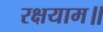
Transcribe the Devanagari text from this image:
रक्षयाम॥